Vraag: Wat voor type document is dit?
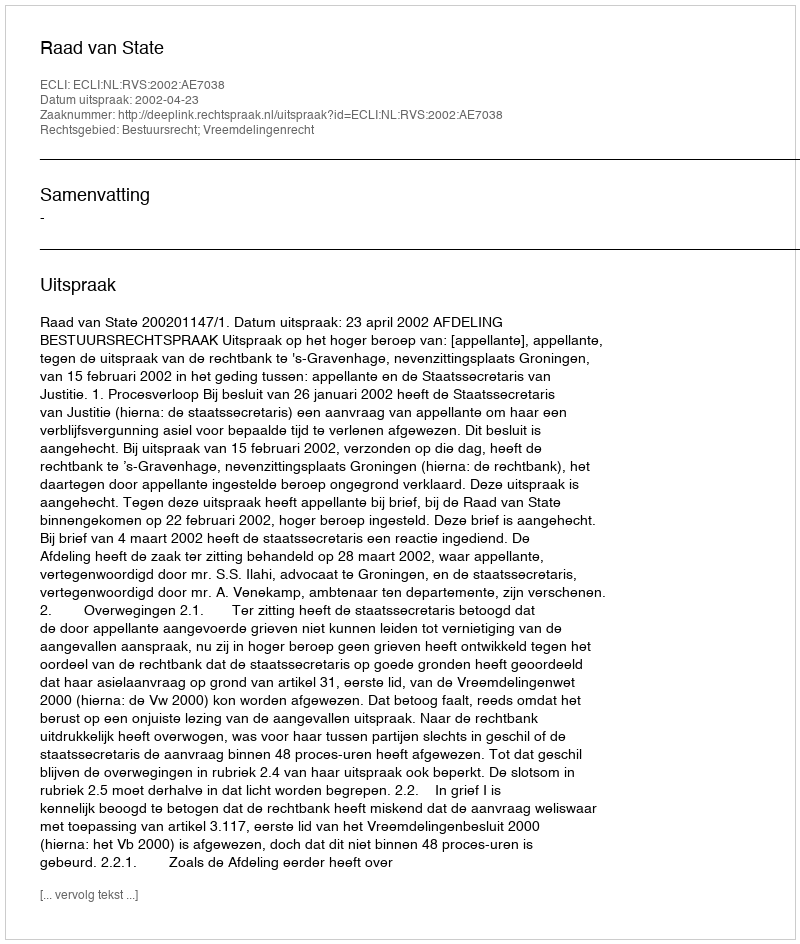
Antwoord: Uitspraak